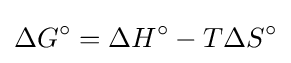
\Delta {G^{\circ }}=\Delta {H^{\circ }}-T\Delta {S^{\circ }}